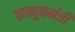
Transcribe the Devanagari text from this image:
कानूनमंत्री